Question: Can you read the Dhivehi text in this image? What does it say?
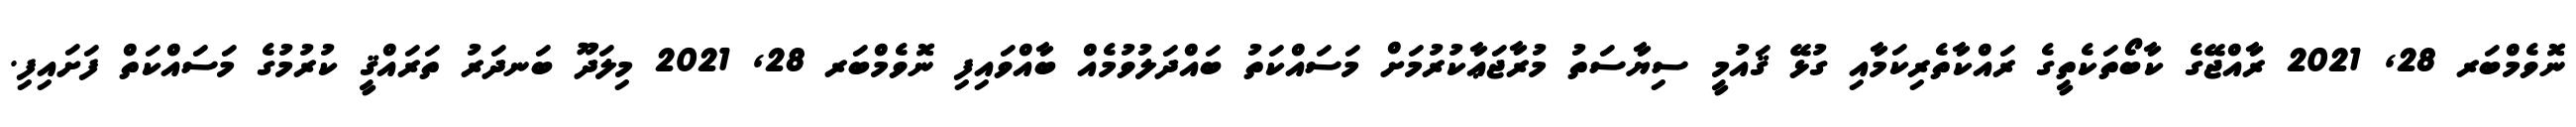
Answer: ނޮވެމްބަރ 28, 2021 ރާއްޖޭގެ ކާބޯތަކެތީގެ ރައްކާތެރިކަމާއި ގުޅޭ ޤައުމީ ސިޔާސަތު މުރާޖަޢާކުރުމަށް މަސައްކަތު ބައްދަލުވުމެއް ބާއްވައިފި ނޮވެމްބަރ 28, 2021 މިލަދޫ ބަނދަރު ތަރައްޤީ ކުރުމުގެ މަސައްކަތް ފަށައިފި.